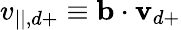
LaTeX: v_{||,d+}\equiv\mathbf{b}\cdot\mathbf{v}_{d+}